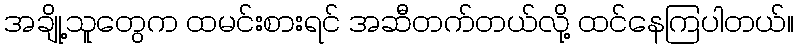
အချို့သူတွေက ထမင်းစားရင် အဆီတက်တယ်လို့ ထင်နေကြပါတယ်။